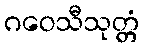
ဂဝေသီသုတ္တံ